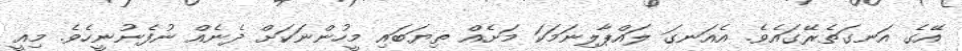
އޭގެ އަނގަތެރޭގައެވެ. އެއަނގަ ލައްޕާލިނަމަކަ މަށެއް ތިޔަބައި މީހުންނަކަށް ދެނެއް ނުފެނުނީހެވެ. މިއީ